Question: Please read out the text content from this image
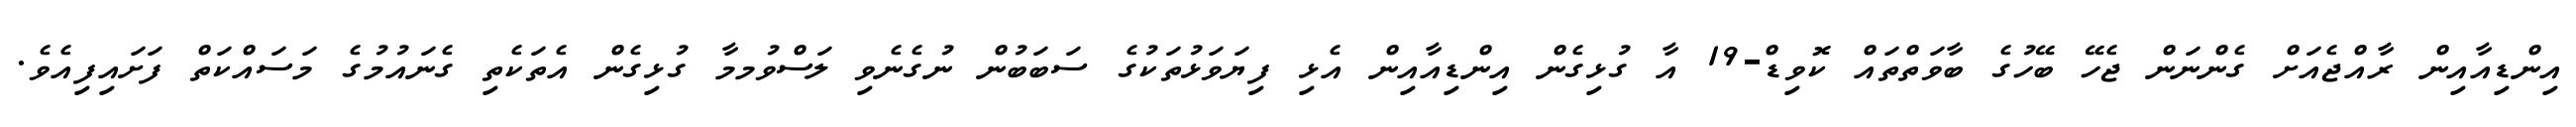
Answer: އިންޑިއާއިން ރާއްޖެއަށް ގެންނަން ޖެހޭ ބޭހުގެ ބާވަތްތައް ކޮވިޑް-19 އާ ގުޅިގެން އިންޑިއާއިން އެޅި ފިޔަވަޅުތަކުގެ ސަބަބުން ނުގެނެވި ލަސްވުމމާ ގުޅިގެން އެތަކެތި ގެނައުމުގެ މަސައްކަތް ފަށައިފިއެވެ.